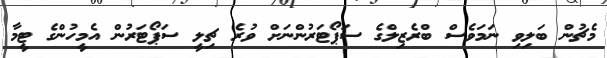
މެޗުން ބަލިވި ނަމަވެސް ބްރެޒިލްގެ ސަޕޯޓަރުންނަށް ވުރެ ޗިލީ ސަޕޯޓަރުން އެމީހުންގެ ޓީމާ